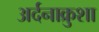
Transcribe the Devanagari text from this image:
अर्दनाक्रुशा